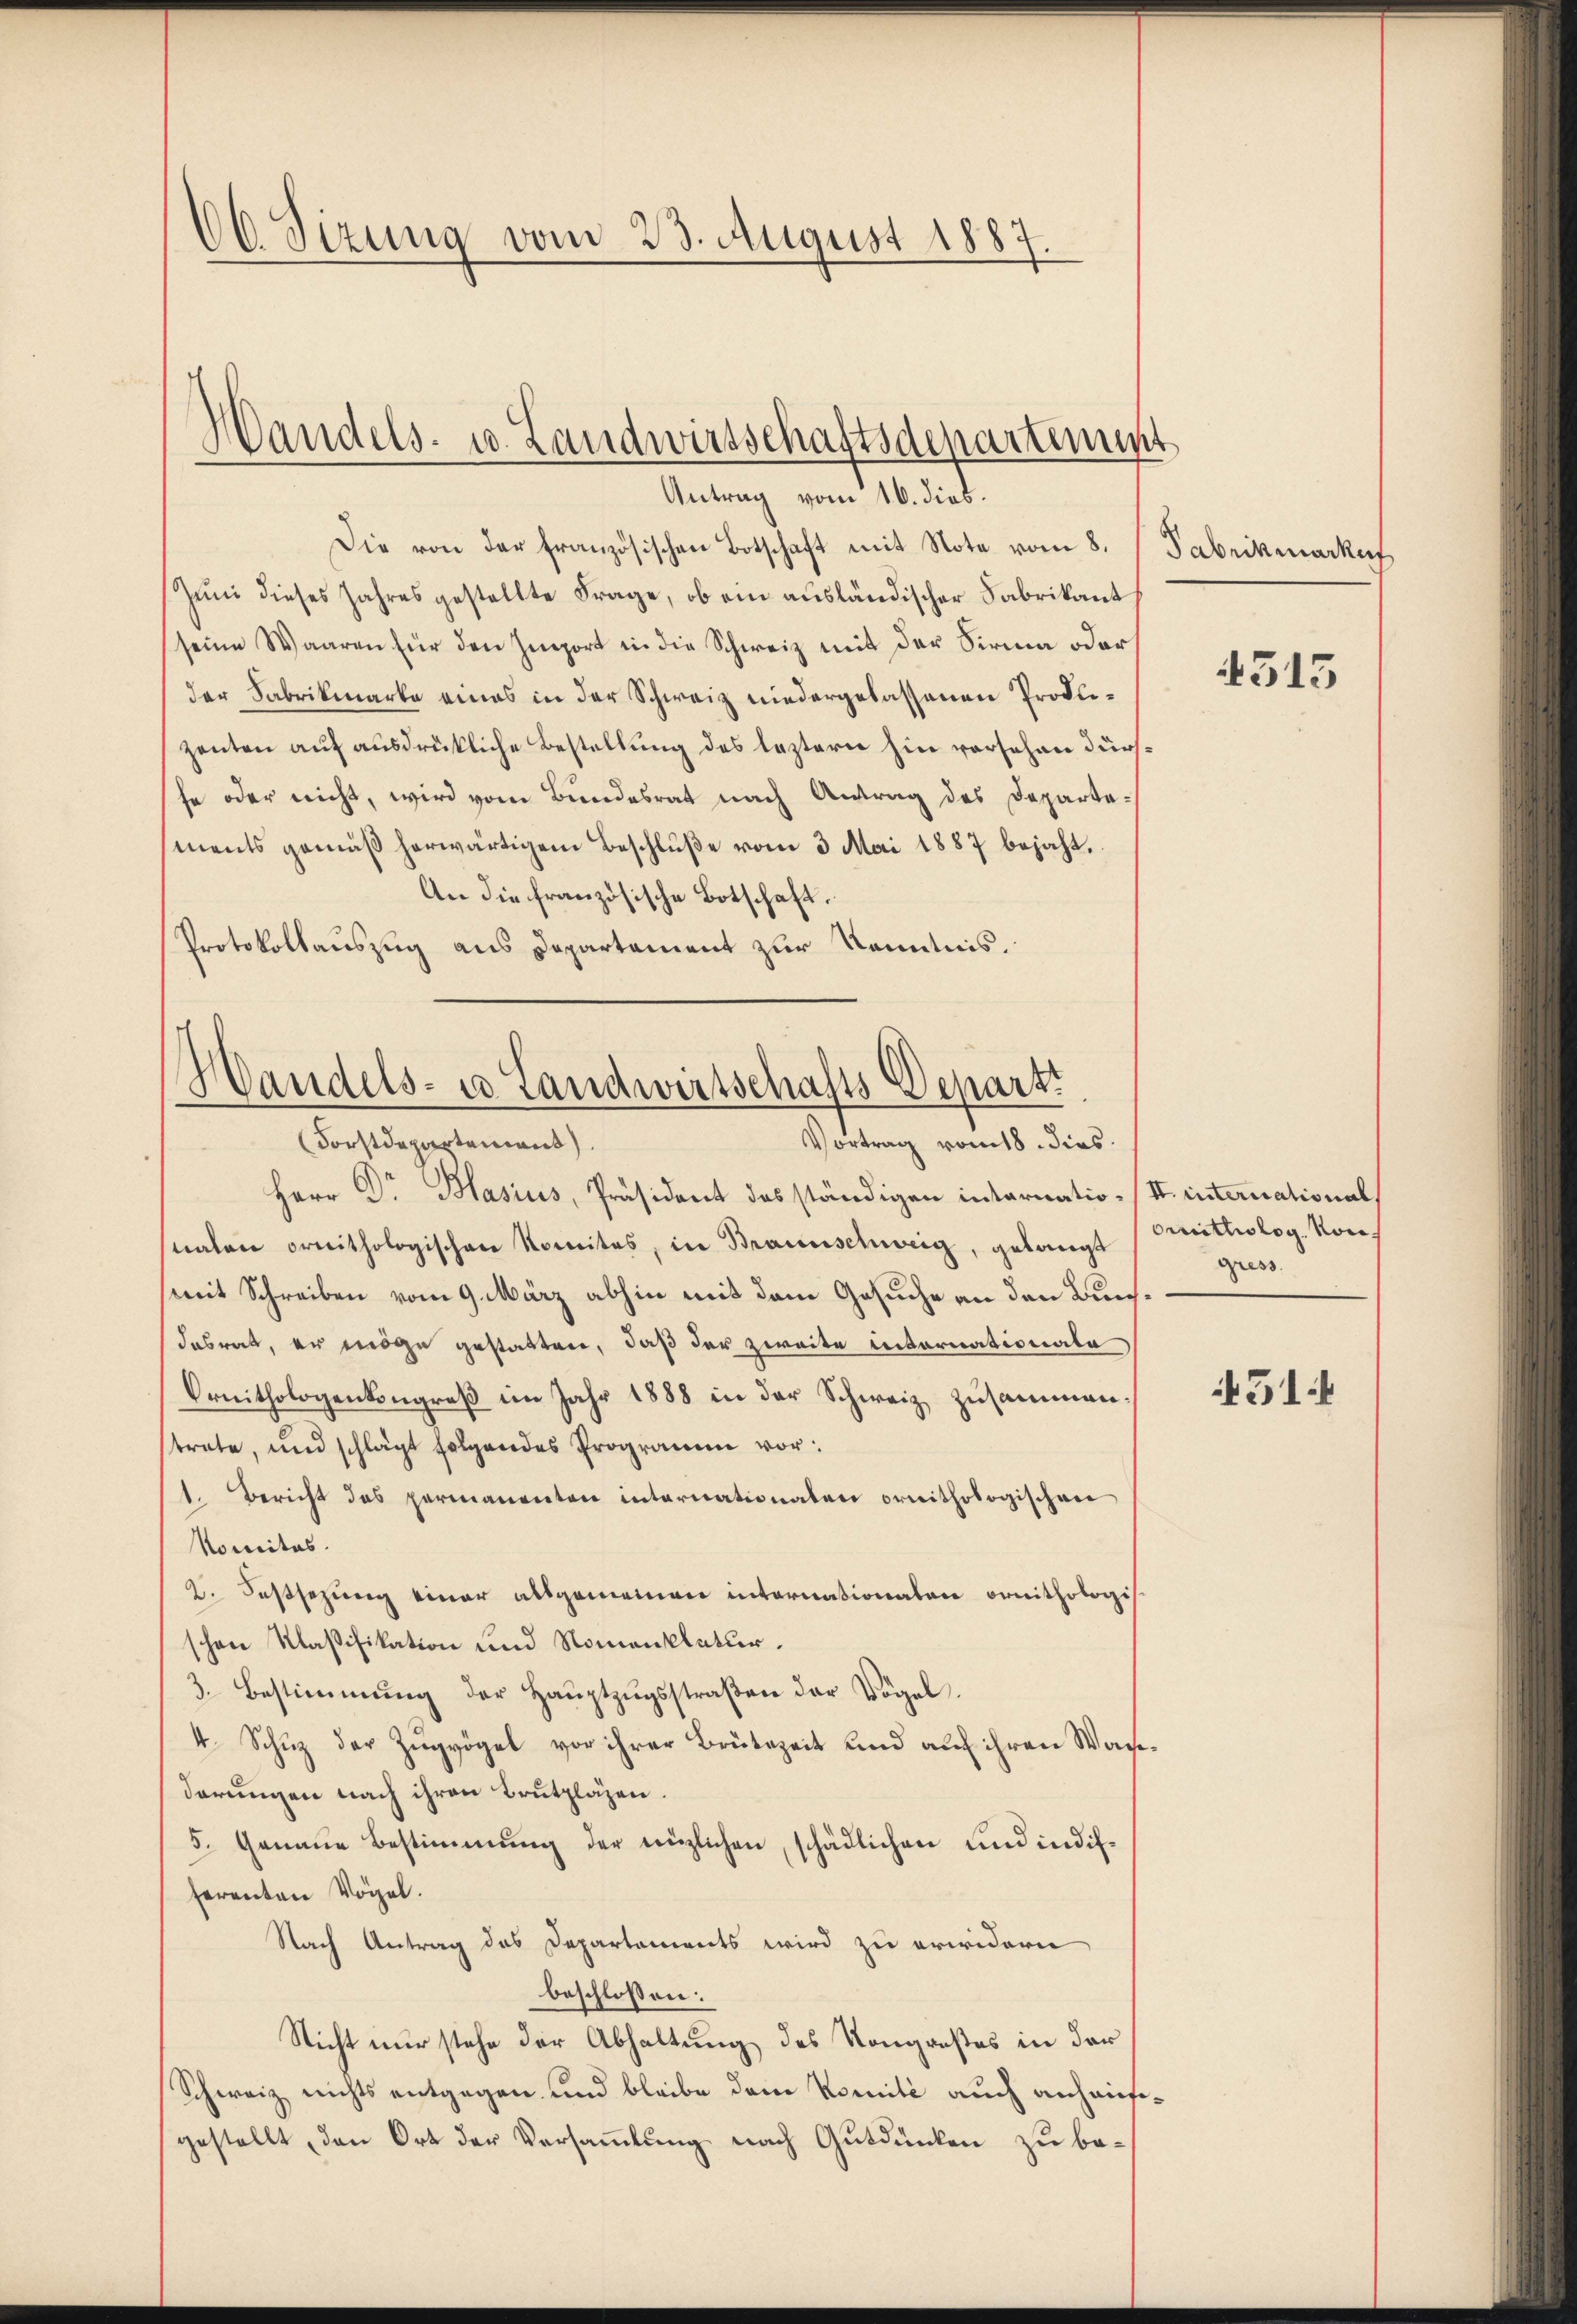
66. Sizung vom 23. August 1887.

Handels- u. Landwirtschaftsdepartenunt
Antrag vom 16. dieb.

Die von der französischen Botschaft mit Note vom 8.
Zum dieses Jahres gestellte Frage, ob ein ausländischer Fabrikant
seine Waaren für den Import in die Schweiz mit der Firma oder
der Fabrikmarke eines in der Schweiz niedergelassenen Prokuzenten auf ausdrückliche Bestellung des leztern hin versehen dürfhe oder nicht, wird vom Bundesrat nach Antrag des Departements gemäβ herwärtigem Beschlŭβe vom 3. Mai 1887 bejaht.
An die französische Botschaft.
Protokollauszug aus Departement zur Kenntnis.

Handels- u. Landwirtschafts Depart
Vortrag vom 18. dies
Forstdepartement).

Herr Dr. Blasius, Präsident des ständigen intariatio- (I. international
nalen ornithologischen Komites, in Braunschweig, gelangt mittiolog. Konmit Schreiben vom 9. März abhin mit dem Gesuche an den Bundabrat, er möge gestatten, daß der zweite internationale
Ornithologenkongreß im Jahr 1888 in der Schweiz zusammen.
trete, und schlägt folgendes Programm vor:
1. Bericht des permanenten internationalen ornithologischen
Komites.
2. Festsezung einer allgemeinen internationaten ornithologis
schen Klaßifikation und Romenklatur.
3. Bestimmung der Haŭptzŭgsstraβen der Vögel.
4. Schuz der Zugvögel vor ihrer Brütezeit und auf ihren Wasderungen nach ihren Brutzlagen.
5. Genaue Bestimmung der nüzlichen, schädlichen und indifferenten Vogel.
Nach Antrag des Departements wird zu erwidern
beschlossen:
Nicht nur stehe der Abhaltung des Kongroßes in der
Schweiz nichts entgegen und bleibe dem Komité auch anhausegestellt, den Ort der Versammlung nach Gutdünken zu be¬

Fabrikmarku

515

gress

451.